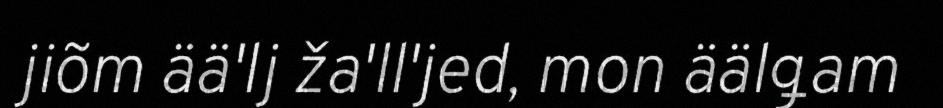
jiõm ää'lj ža'll'jed, mon äälǥam